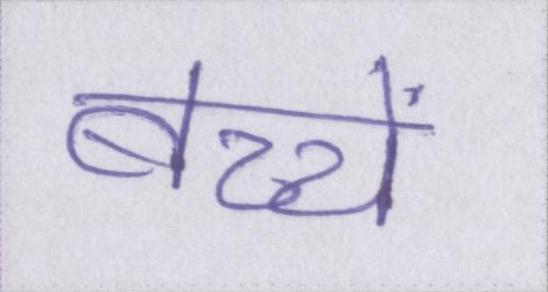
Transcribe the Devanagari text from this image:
बच्चें